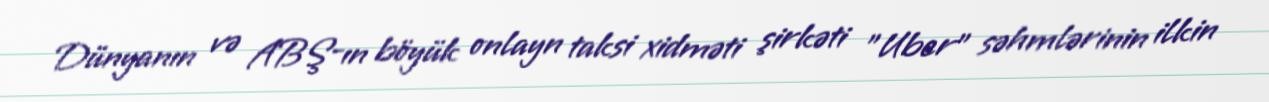
Dünyanın və ABŞ-ın böyük onlayn taksi xidməti şirkəti "Uber" səhmlərinin ilkin